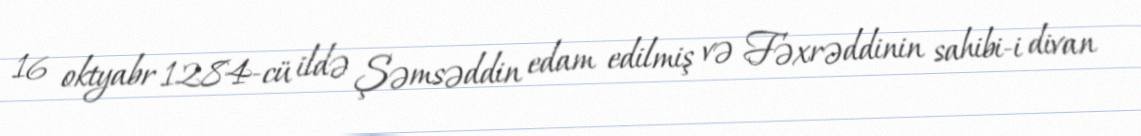
16 oktyabr 1284-cü ildə Şəmsəddin edam edilmiş və Fəxrəddinin sahibi-i divan